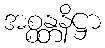
အစ္စန္တနိဋ္ဌာ